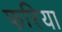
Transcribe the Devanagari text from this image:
फरिया